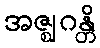
အဇ္ဈဂန္တိ